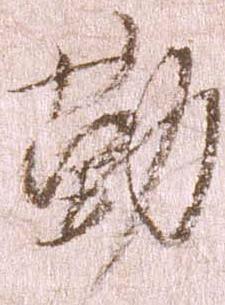
勤